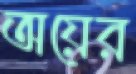
অয়ের